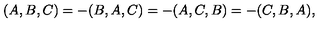
( A , B , C ) = - ( B , A , C ) = - ( A , C , B ) = - ( C , B , A ) ,